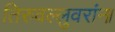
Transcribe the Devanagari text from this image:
तिरुवल्लुवरांना